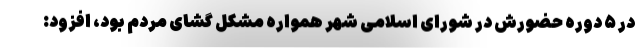
در ۵ دوره حضورش در شورای اسلامی شهر همواره مشکل گشای مردم بود، افزود: